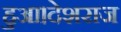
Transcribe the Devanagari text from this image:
हुआ।देशराज